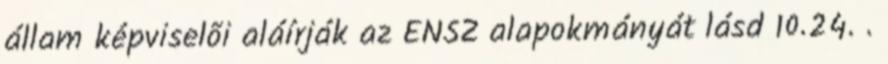
állam képviselõi aláírják az ENSZ alapokmányát lásd 10.24. .